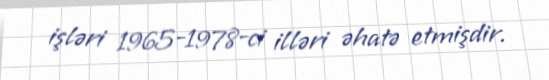
işləri 1965-1978-ci illəri əhatə etmişdir.